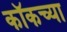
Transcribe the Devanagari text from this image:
कॉकच्या